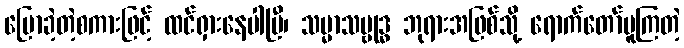
ပြောခဲ့တဲ့စကားဖြင့် ထင်ရှားနေပါပြီ၊ သမ္မာသမ္ဗုဒ္ဓ ဘုရားအဖြစ်သို့ ရောက်တော်မူကြတဲ့